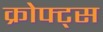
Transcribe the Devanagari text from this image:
क्रोफ्ट्स